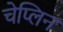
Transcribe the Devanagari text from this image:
चेप्लिन